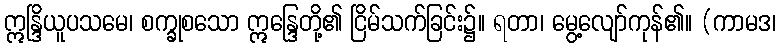
ဣန္ဒြိယူပသမေ၊ စက္ခုစသော ဣန္ဒြေတို့၏ ငြိမ်သက်ခြင်း၌။ ရတာ၊ မွေ့လျော်ကုန်၏။ (ကာမဒ၊